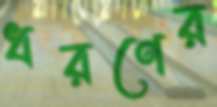
ধরণের